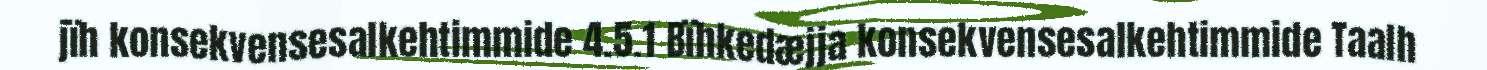
jïh konsekvensesalkehtimmide 4.5.1 Bïhkedæjja konsekvensesalkehtimmide Taalh